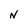
Character: N